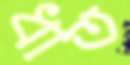
ধাত